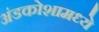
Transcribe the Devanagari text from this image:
अंडकोशामध्ये